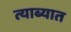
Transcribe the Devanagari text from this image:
त्याब्यात